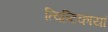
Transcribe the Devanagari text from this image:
त्विष्टिकायां